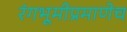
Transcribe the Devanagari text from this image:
रंगभूमीप्रमाणेच